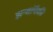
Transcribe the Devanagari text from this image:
झऱ्यांपैकी